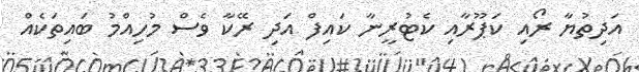
އަދިތުޔާ ރޯއި ކަޕޫރާއި ކެޓުރީނާ ކައިފް އަދި ރޭކާ ވެސް މުހިއްމު ބައިތަކެއް